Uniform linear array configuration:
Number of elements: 16
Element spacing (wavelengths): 1
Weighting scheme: hann
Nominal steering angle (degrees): -60
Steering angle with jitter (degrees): -58.727
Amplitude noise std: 0.05
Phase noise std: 0.05

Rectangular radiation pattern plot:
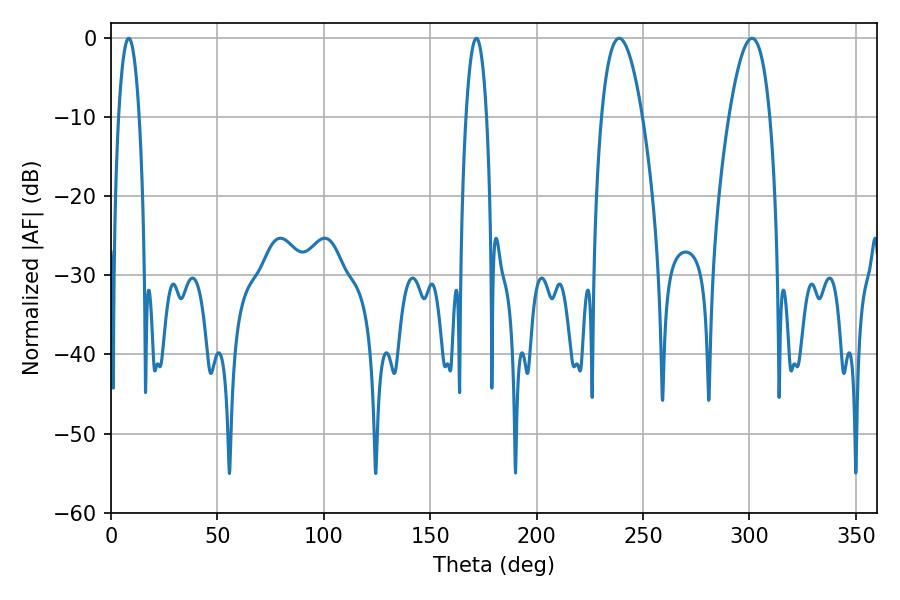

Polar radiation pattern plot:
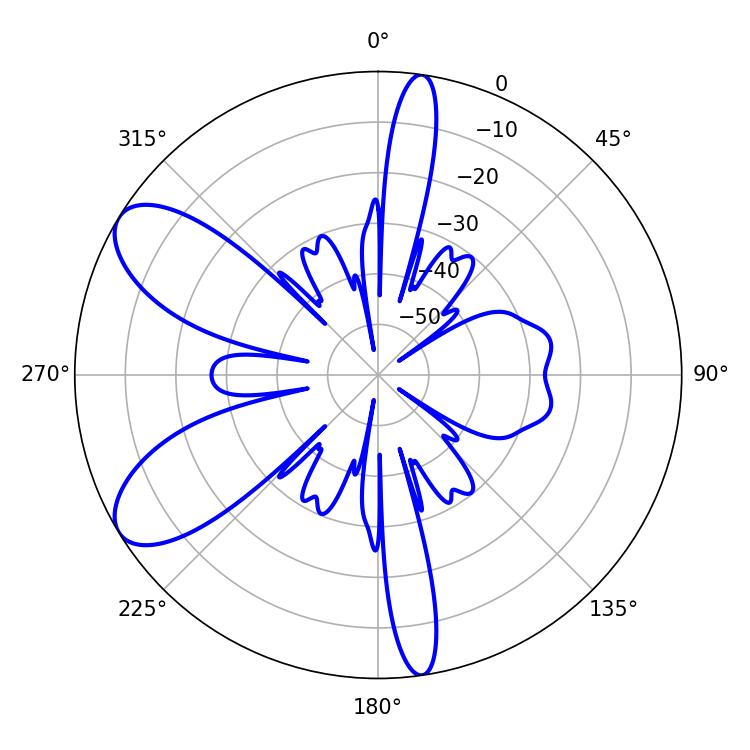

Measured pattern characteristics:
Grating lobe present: TRUE
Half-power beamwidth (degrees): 10.62
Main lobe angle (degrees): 238.86